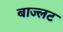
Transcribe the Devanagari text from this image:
बाज्लट